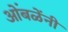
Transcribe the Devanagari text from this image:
ओंबळेंनी